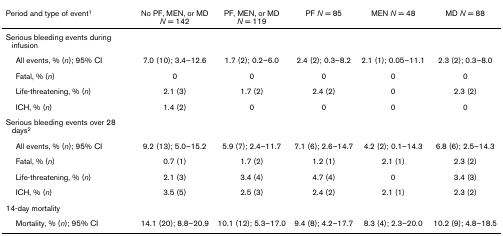
<table><thead><tr><td><b>Period and type of event<sup>1</sup></b></td><td><b>No PF, MEN, or MD <i>N </i>= 142</b></td><td><b>PF, MEN, or MD <i>N </i>= 119</b></td><td><b>PF <i>N </i>= 85</b></td><td><b>MEN <i>N </i>= 48</b></td><td><b>MD <i>N </i>= 88</b></td></tr></thead><tbody><tr><td>Serious bleeding events during infusion</td><td></td><td></td><td></td><td></td><td></td></tr><tr><td> All events, % (<i>n</i>); 95% CI</td><td>7.0 (10); 3.4–12.6</td><td>1.7 (2); 0.2–6.0</td><td>2.4 (2); 0.3–8.2</td><td>2.1 (1); 0.05–11.1</td><td>2.3 (2); 0.3–8.0</td></tr><tr><td> Fatal, % (<i>n</i>)</td><td>0</td><td>0</td><td>0</td><td>0</td><td>0</td></tr><tr><td> Life-threatening, % (<i>n</i>)</td><td>2.1 (3)</td><td>1.7 (2)</td><td>2.4 (2)</td><td>0</td><td>2.3 (2)</td></tr><tr><td> ICH, % (<i>n</i>)</td><td>1.4 (2)</td><td>0</td><td>0</td><td>0</td><td>0</td></tr><tr><td>Serious bleeding events over 28 days<sup>2</sup></td><td></td><td></td><td></td><td></td><td></td></tr><tr><td> All events, % (<i>n</i>); 95% CI</td><td>9.2 (13); 5.0–15.2</td><td>5.9 (7); 2.4–11.7</td><td>7.1 (6); 2.6–14.7</td><td>4.2 (2); 0.1–14.3</td><td>6.8 (6); 2.5–14.3</td></tr><tr><td> Fatal, % (<i>n</i>)</td><td>0.7 (1)</td><td>1.7 (2)</td><td>1.2 (1)</td><td>2.1 (1)</td><td>2.3 (2)</td></tr><tr><td> Life-threatening, % (<i>n</i>)</td><td>2.1 (3)</td><td>3.4 (4)</td><td>4.7 (4)</td><td>0</td><td>3.4 (3)</td></tr><tr><td> ICH, % (<i>n</i>)</td><td>3.5 (5)</td><td>2.5 (3)</td><td>2.4 (2)</td><td>2.1 (1)</td><td>2.3 (2)</td></tr><tr><td>14-day mortality</td><td></td><td></td><td></td><td></td><td></td></tr><tr><td> Mortality, % (<i>n</i>); 95% CI</td><td>14.1 (20); 8.8–20.9</td><td>10.1 (12); 5.3–17.0</td><td>9.4 (8); 4.2–17.7</td><td>8.3 (4); 2.3–20.0</td><td>10.2 (9); 4.8–18.5</td></tr></tbody></table>